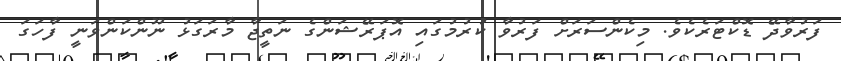
ފަރުވާދޭ ޑޮކްޓަރެކެވެ. މިކެންސަރަށް ފަރުވާ ކުރުމުގައި އޮޕަރޭޝަންގެ ނަތީޖާ މާރަގަޅު ނޫންކަންވަނީ ފާހަގަ